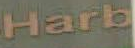
Harb